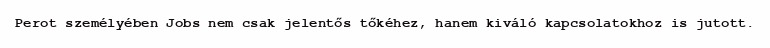
Perot személyében Jobs nem csak jelentős tőkéhez, hanem kiváló kapcsolatokhoz is jutott.